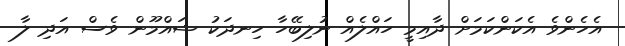
އެހެންވެ އެކަންކަމަށް ދާއިމީ ހައްލެއް ނުލިބޭހާ ހިނދަކު ޝައްމޫން ވެސް އަދި ލާ